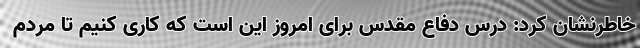
خاطرنشان کرد: درس دفاع مقدس برای امروز این است که کاری کنیم تا مردم